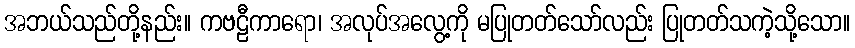
အဘယ်သည်တို့နည်း။ ကဗဠီကာရော၊ အလုပ်အလွေ့ကို မပြုတတ်သော်လည်း ပြုတတ်သကဲ့သို့သော။